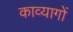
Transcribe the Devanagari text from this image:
काव्यागों